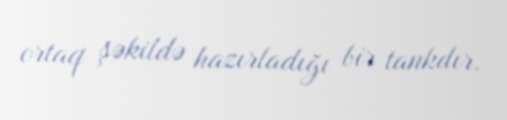
ortaq şəkildə hazırladığı bir tankdır.